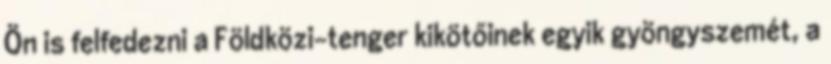
Ön is felfedezni a Földközi-tenger kikötőinek egyik gyöngyszemét, a